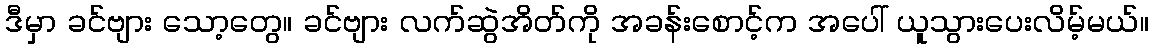
ဒီမှာ ခင်ဗျား သော့တွေ။ ခင်ဗျား လက်ဆွဲအိတ်ကို အခန်းစောင့်က အပေါ် ယူသွားပေးလိမ့်မယ်။